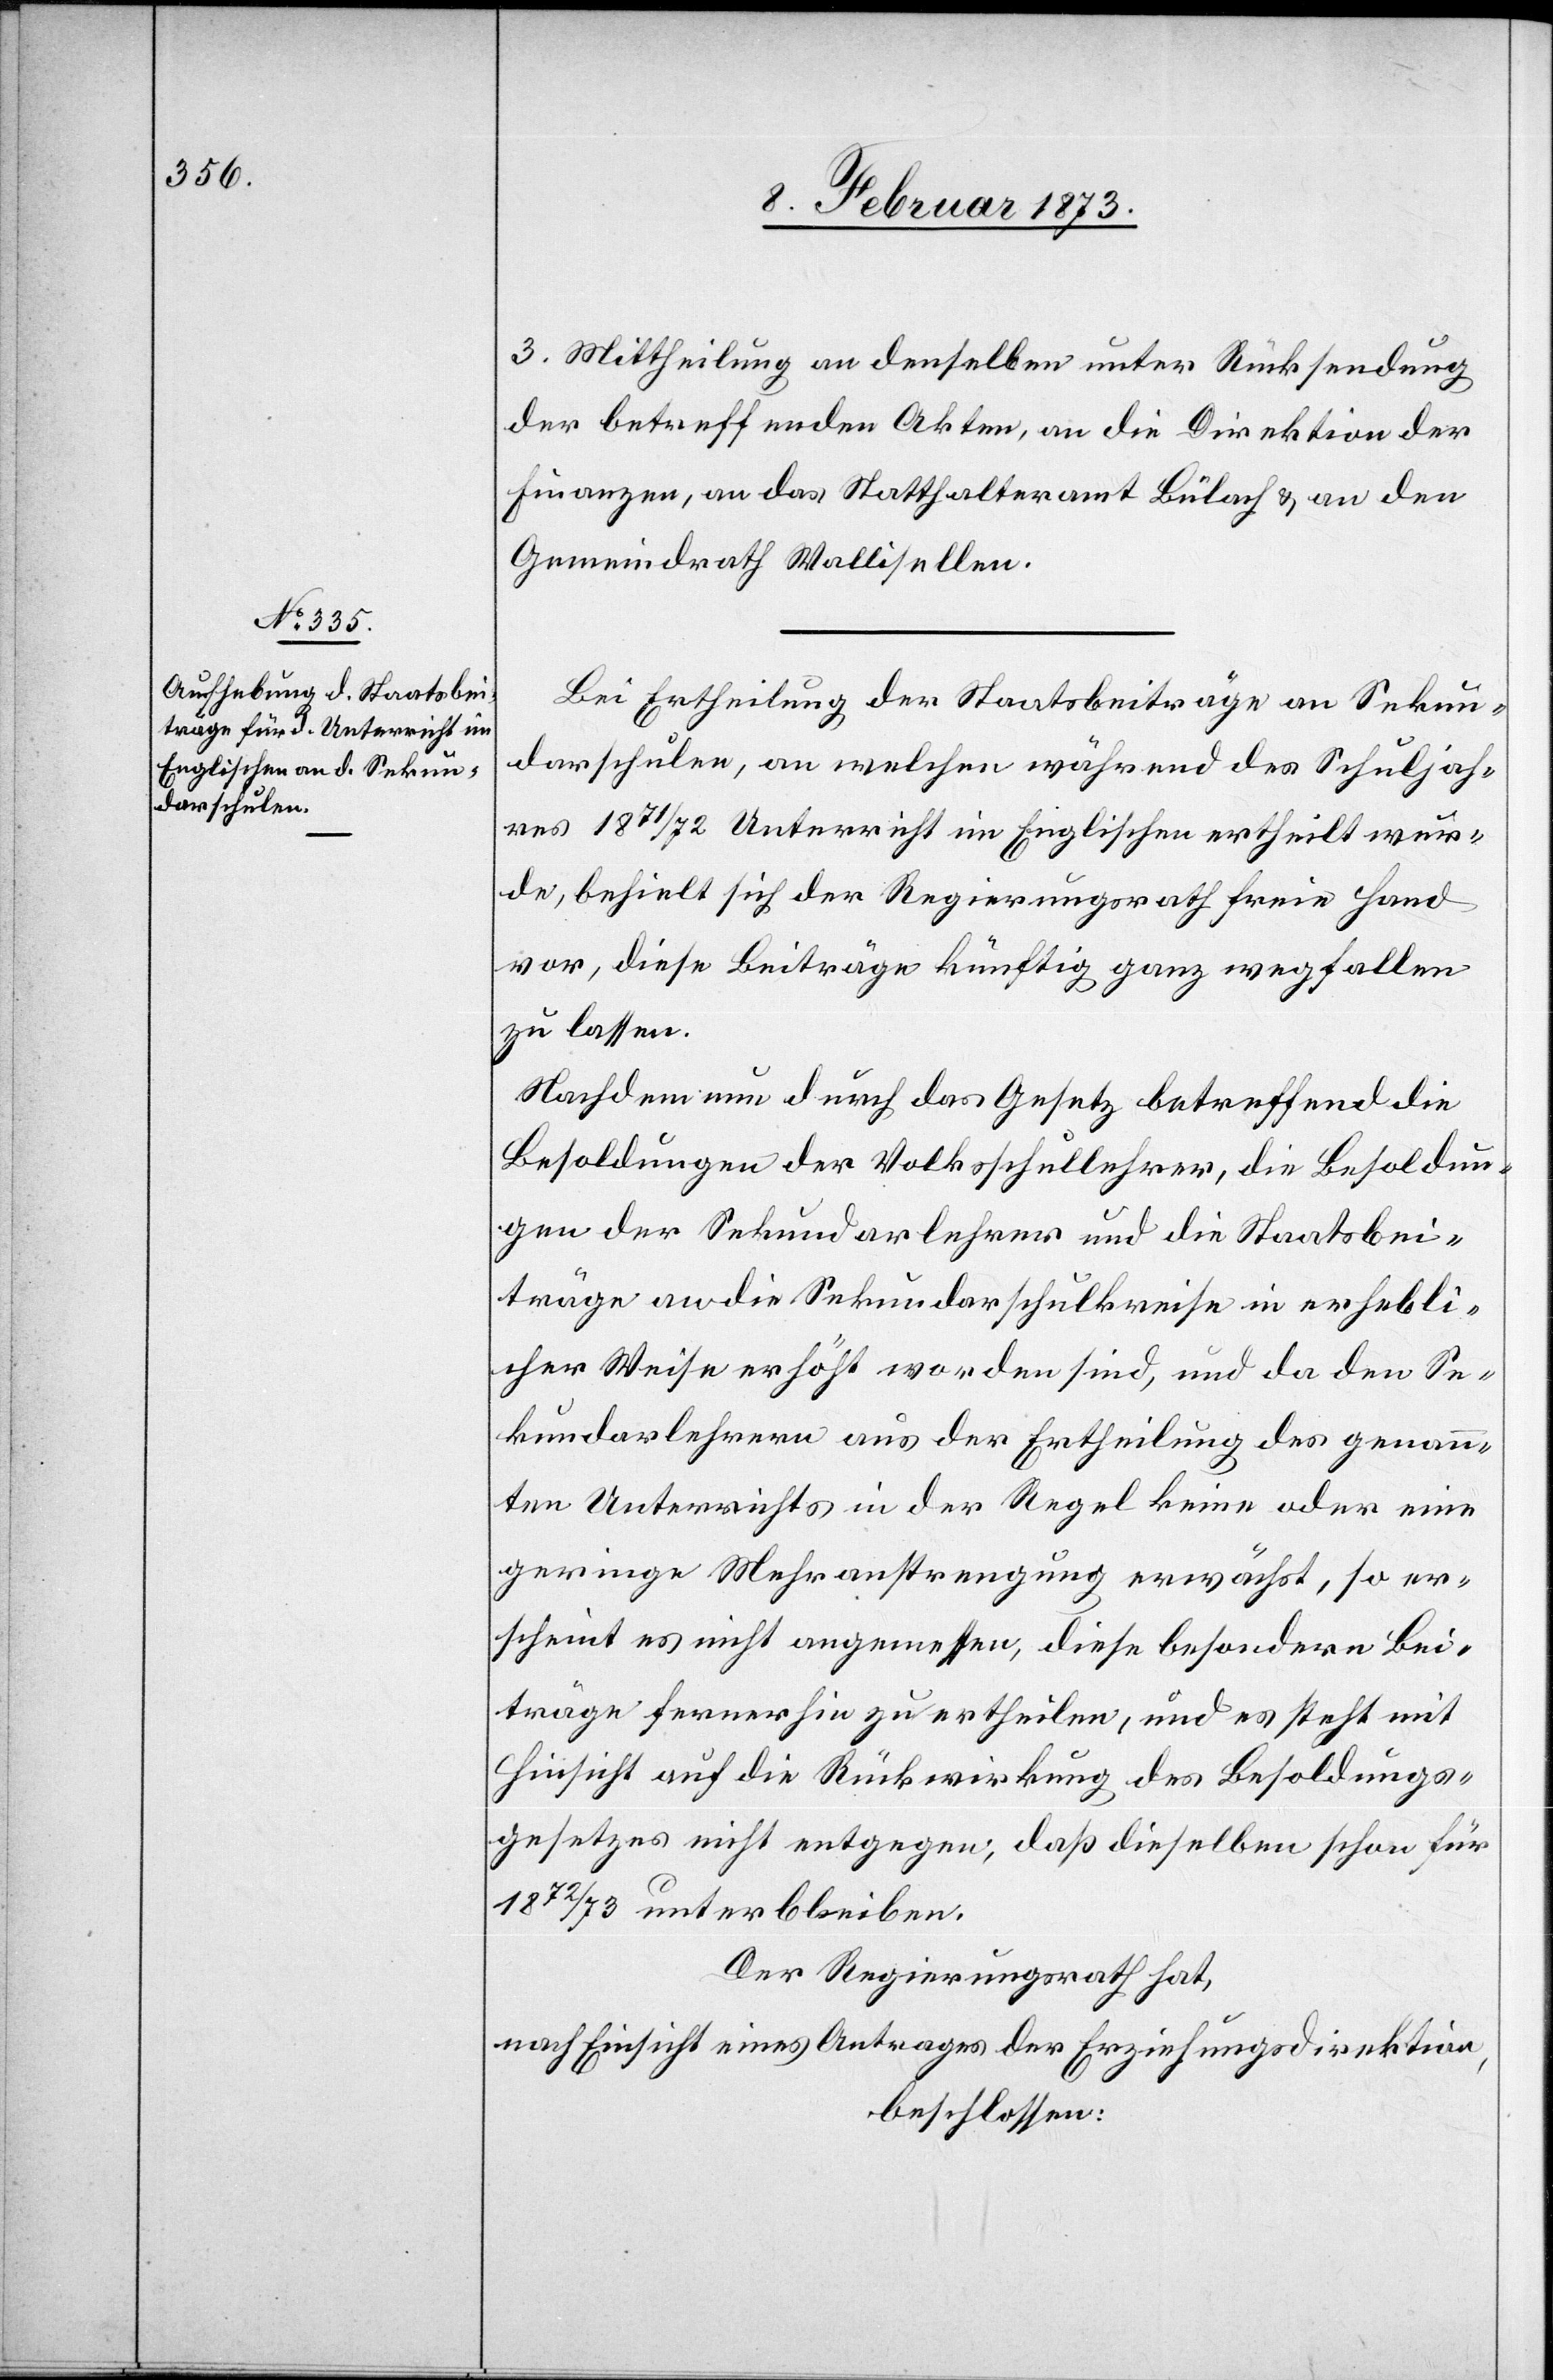
3. Mittheilung an denselben unter Rücksendung
der betreffenden Akten, an die Direktion der
Finanzen, an das Statthalteramt Bülach u. an den
Gemeindrath Wallisellen.
Bei Ertheilung der Staatsbeiträge an Sekun¬
darschulen, an welchen während des Schuljah¬
res 1871/72 Unterricht im Englischen ertheilt wur¬
de, behielt sich der Regierungsrath freie Hand
vor, diese Beiträge künftig ganz wegfallen
zu lassen.
Nachdem nun durch das Gesetz betreffend die
Besoldungen der Volksschullehrer, die Besoldun¬
gen der Sekundarlehrer und die Staatsbei¬
träge an die Sekundarschulkreise in erhebli¬
cher Weise erhöht worden sind, und da den Se¬
kundarlehrern aus der Ertheilung des genann¬
ten Unterrichts in der Regel keine oder eine
geringe Mehranstrengung erwächst, so er¬
scheint es nicht angemessen, diese besondern Bei¬
träge fernerhin zu ertheilen, und es steht mit
Hinsicht auf die Rückwirkung des Besoldungs¬
gesetzes nicht entgegen, daß dieselben schon für
1872/73 unterbleiben.
Der Regierungsrath hat,
nach Einsicht eines Antrages der Erziehungsdirektion,
beschlossen: